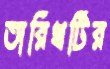
তারিখটির